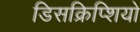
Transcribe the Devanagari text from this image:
डिसक्रिप्शियो